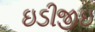
ઇડીજીઇ